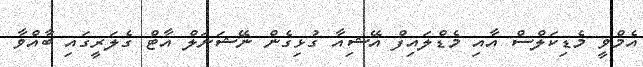
އެމްވީ މެޑިކަލްސް އާއި މެޑްލައިފް އޭޝިއާ ގުޅިގެން ނޭޝަނަލް އާޓް ގެލަރީގައި ބާއްވާ